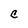
Character: C